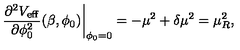
\left. \frac { \partial ^ { 2 } V _ { \mathrm { e f f } } } { \partial \phi _ { 0 } ^ { 2 } } ( \beta , \phi _ { 0 } ) \right| _ { \phi _ { 0 } = 0 } = - \mu ^ { 2 } + \delta \mu ^ { 2 } = \mu _ { R } ^ { 2 } ,